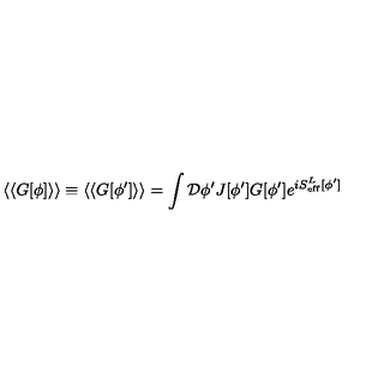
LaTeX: \langle \langle G [ \phi ] \rangle \rangle \equiv \langle \langle G [ \phi ^ { \prime } ] \rangle \rangle = \int { \cal D } \phi ^ { \prime } J [ \phi ^ { \prime } ] G [ \phi ^ { \prime } ] e ^ { i S _ { \mathrm { e f f } } ^ { L } [ \phi ^ { \prime } ] }